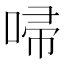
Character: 𠴵